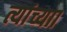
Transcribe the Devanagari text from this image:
त्यांच्याा